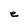
Character: e